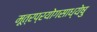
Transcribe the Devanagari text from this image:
मूत्रप्रयोगसाध्येषु